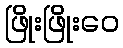
ဖြိုးဖြိုးဝေ